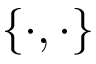
\{ \cdot , \cdot \}